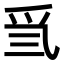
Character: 𤓸